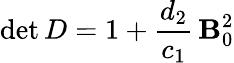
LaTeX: \operatorname*{det}D=1+\frac{{{d_{2}}}}{{{c_{1}}}}\, {{\mathbf B}_{0}^{2}}